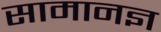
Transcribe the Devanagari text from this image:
सामानज्ञ